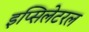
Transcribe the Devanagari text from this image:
इप्सिलेटरल